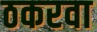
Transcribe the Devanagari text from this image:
ठकरवा